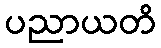
ပညာယတိ